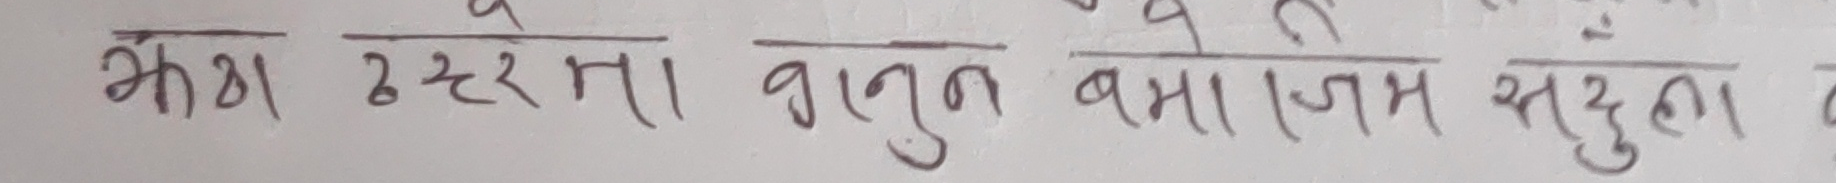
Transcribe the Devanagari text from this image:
क्रभ उत्तरमा बाजुरा बझाङ सुदुढ